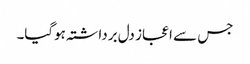
جس سے اعجاز دل برداشتہ ہوگیا۔